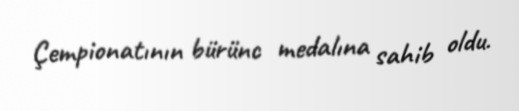
Çempionatının bürünc medalına sahib oldu.